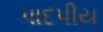
પાદપીય